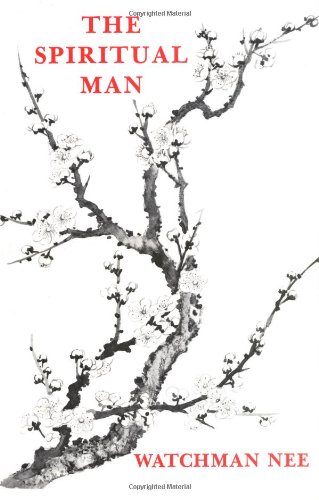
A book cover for The Spiritual Man; Watchman Nee; Religion & Spirituality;